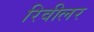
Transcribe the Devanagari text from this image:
रिवीलर